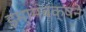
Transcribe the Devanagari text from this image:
इमामबक्षने